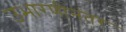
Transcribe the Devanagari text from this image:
उभारणीनंतर